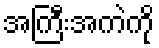
အကြီးအကဲကို